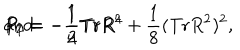
LaTeX: P _ { 1 } = - \frac { 1 } { 2 } \mathrm { T r } R ^ { 2 } \hspace { 5 m m } \mathrm { a n d } \hspace { 5 m m } P _ { 2 } = - \frac { 1 } { 4 } \mathrm { T r } R ^ { 4 } + \frac { 1 } { 8 } ( \mathrm { T r } R ^ { 2 } ) ^ { 2 } ,